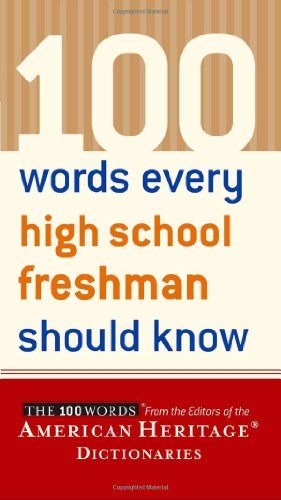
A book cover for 100 Words Every High School Freshman Should Know; Teen & Young Adult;